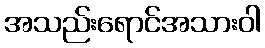
အသည်းရောင်အသားဝါ